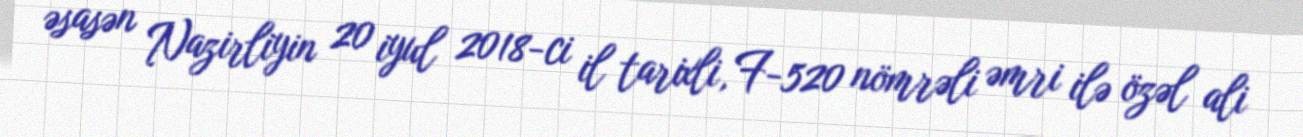
əsasən Nazirliyin 20 iyul 2018-ci il tarixli, F-520 nömrəli əmri ilə özəl ali